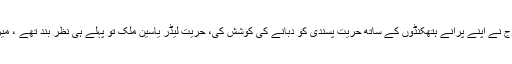
اس یومِ شہدائے کشمیر پر بھی غاصب فوج نے اپنے پرانے ہتھکنڈوں کے ساتھ حریت پسندی کو دبانے کی کوشش کی، حریت لیڈر یاسین ملک تو پہلے ہی نظر بند تھے ، میر واعظ فاروق کو بھی گرفتار کر لیا گیا ۔